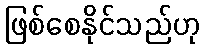
ဖြစ်စေနိုင်သည်ဟု